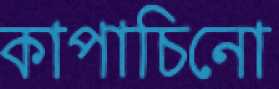
কাপাচিনো